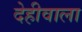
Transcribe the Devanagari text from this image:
देहीवाला